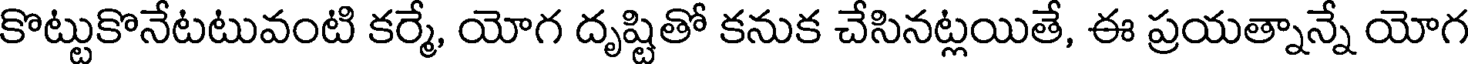
కొట్టుకొనేటటువంటి కర్మే, యోగ దృష్టితో కనుక చేసినట్లయితే, ఈ ప్రయత్నాన్నే యోగ